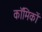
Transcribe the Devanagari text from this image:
काॅमिकों